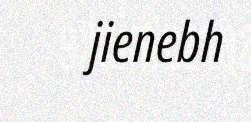
jienebh